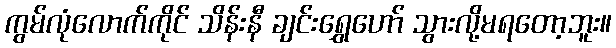
ကွမ်လုံလောက်ကိုင် သိန်းနီ ချင်းရွှေဟော် သွားလို့မရတော့ဘူး။